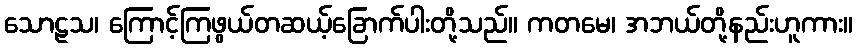
သောဠသ၊ ကြောင့်ကြဖွယ်တဆယ့်ခြောက်ပါးတို့သည်။ ကတမေ၊ အဘယ်တို့နည်းဟူကား။